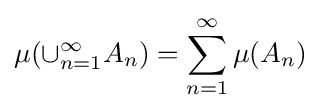
\mu (\cup _{n=1}^{\infty }A_{n})=\sum _{n=1}^{\infty }\mu (A_{n})